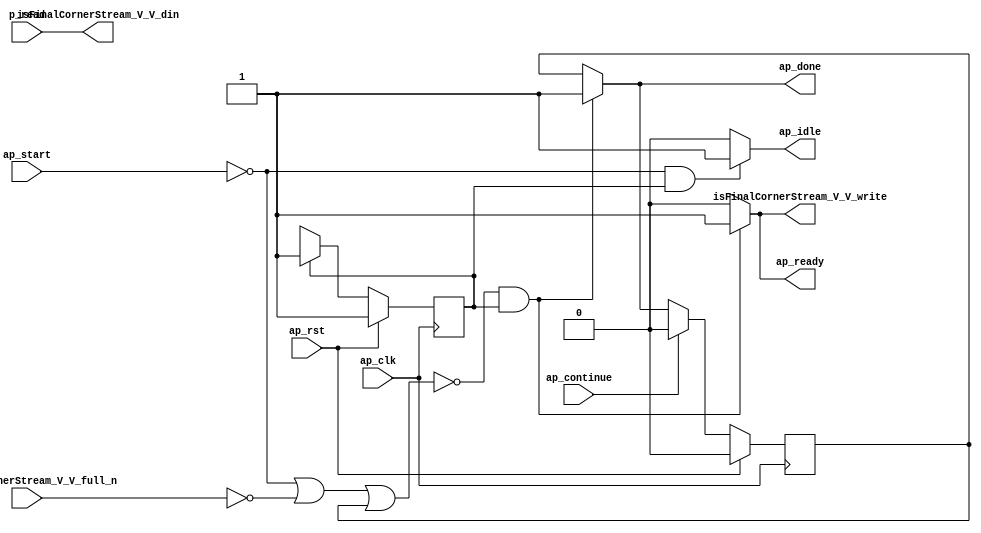
// ==============================================================
// RTL generated by Vivado(TM) HLS - High-Level Synthesis from C, C++ and SystemC
// Version: 2018.1
// Copyright (C) 1986-2018 Xilinx, Inc. All Rights Reserved.
// 
// ===========================================================

`timescale 1 ns / 1 ps 

module feedbackInterleaveSt (
        ap_clk,
        ap_rst,
        ap_start,
        ap_done,
        ap_continue,
        ap_idle,
        ap_ready,
        p_read,
        isFinalCornerStream_V_V_din,
        isFinalCornerStream_V_V_full_n,
        isFinalCornerStream_V_V_write
);

parameter    ap_ST_fsm_state1 = 1'd1;

input   ap_clk;
input   ap_rst;
input   ap_start;
output   ap_done;
input   ap_continue;
output   ap_idle;
output   ap_ready;
input  [0:0] p_read;
output  [0:0] isFinalCornerStream_V_V_din;
input   isFinalCornerStream_V_V_full_n;
output   isFinalCornerStream_V_V_write;

reg ap_done;
reg ap_idle;
reg ap_ready;
reg isFinalCornerStream_V_V_write;

reg    ap_done_reg;
(* fsm_encoding = "none" *) reg   [0:0] ap_CS_fsm;
wire    ap_CS_fsm_state1;
reg    isFinalCornerStream_V_V_blk_n;
reg    ap_block_state1;
reg   [0:0] ap_NS_fsm;

// power-on initialization
initial begin
#0 ap_done_reg = 1'b0;
#0 ap_CS_fsm = 1'd1;
end

always @ (posedge ap_clk) begin
    if (ap_rst == 1'b1) begin
        ap_CS_fsm <= ap_ST_fsm_state1;
    end else begin
        ap_CS_fsm <= ap_NS_fsm;
    end
end

always @ (posedge ap_clk) begin
    if (ap_rst == 1'b1) begin
        ap_done_reg <= 1'b0;
    end else begin
        if ((ap_continue == 1'b1)) begin
            ap_done_reg <= 1'b0;
        end else if ((~((ap_start == 1'b0) | (isFinalCornerStream_V_V_full_n == 1'b0) | (ap_done_reg == 1'b1)) & (1'b1 == ap_CS_fsm_state1))) begin
            ap_done_reg <= 1'b1;
        end
    end
end

always @ (*) begin
    if ((~((ap_start == 1'b0) | (isFinalCornerStream_V_V_full_n == 1'b0) | (ap_done_reg == 1'b1)) & (1'b1 == ap_CS_fsm_state1))) begin
        ap_done = 1'b1;
    end else begin
        ap_done = ap_done_reg;
    end
end

always @ (*) begin
    if (((ap_start == 1'b0) & (1'b1 == ap_CS_fsm_state1))) begin
        ap_idle = 1'b1;
    end else begin
        ap_idle = 1'b0;
    end
end

always @ (*) begin
    if ((~((ap_start == 1'b0) | (isFinalCornerStream_V_V_full_n == 1'b0) | (ap_done_reg == 1'b1)) & (1'b1 == ap_CS_fsm_state1))) begin
        ap_ready = 1'b1;
    end else begin
        ap_ready = 1'b0;
    end
end

always @ (*) begin
    if ((1'b1 == ap_CS_fsm_state1)) begin
        isFinalCornerStream_V_V_blk_n = isFinalCornerStream_V_V_full_n;
    end else begin
        isFinalCornerStream_V_V_blk_n = 1'b1;
    end
end

always @ (*) begin
    if ((~((ap_start == 1'b0) | (isFinalCornerStream_V_V_full_n == 1'b0) | (ap_done_reg == 1'b1)) & (1'b1 == ap_CS_fsm_state1))) begin
        isFinalCornerStream_V_V_write = 1'b1;
    end else begin
        isFinalCornerStream_V_V_write = 1'b0;
    end
end

always @ (*) begin
    case (ap_CS_fsm)
        ap_ST_fsm_state1 : begin
            ap_NS_fsm = ap_ST_fsm_state1;
        end
        default : begin
            ap_NS_fsm = 'bx;
        end
    endcase
end

assign ap_CS_fsm_state1 = ap_CS_fsm[32'd0];

always @ (*) begin
    ap_block_state1 = ((ap_start == 1'b0) | (isFinalCornerStream_V_V_full_n == 1'b0) | (ap_done_reg == 1'b1));
end

assign isFinalCornerStream_V_V_din = p_read;

endmodule //feedbackInterleaveSt